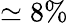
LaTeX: \simeq 8\%